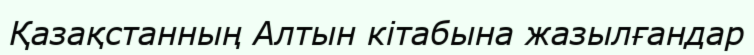
Қазақстанның Алтын кітабына жазылғандар